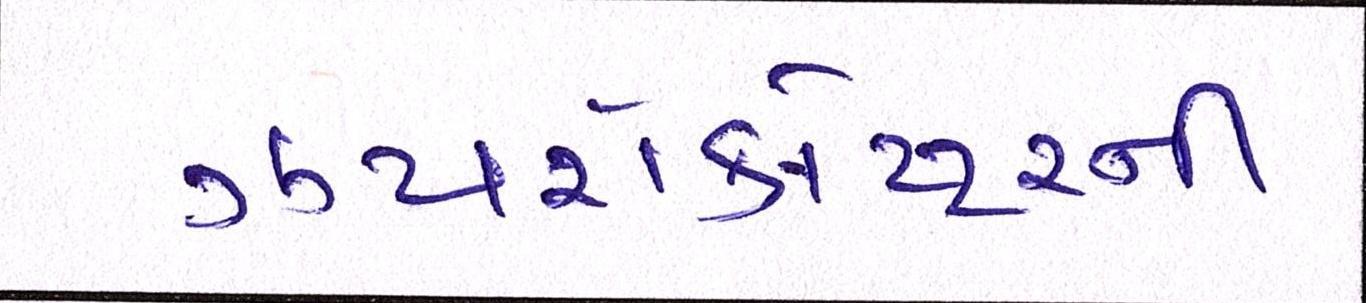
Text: ઝાયરોકોપ્ટરની